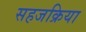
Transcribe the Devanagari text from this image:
सहजक्रिया